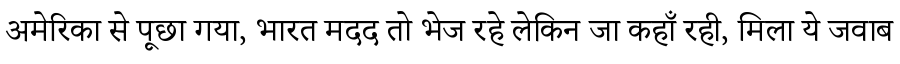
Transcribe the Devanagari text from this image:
अमेरिका से पूछा गया, भारत मदद तो भेज रहे लेकिन जा कहाँ रही, मिला ये जवाब